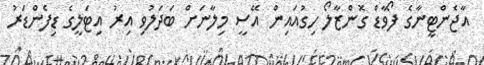
އާޖެންޓީނާގެ ފޯވާޑް ގޮންޒާލޯ ހިގުއައިން އޭސީ މިލާނަށް ބަދަލުވި އިރު އިޓަލީގެ ޑިފެންޑަރު